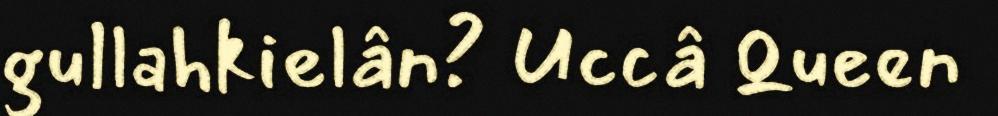
gullahkielân? Uccâ Queen